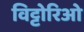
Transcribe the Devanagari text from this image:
विट्टोरिओ